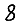
Digit: 8